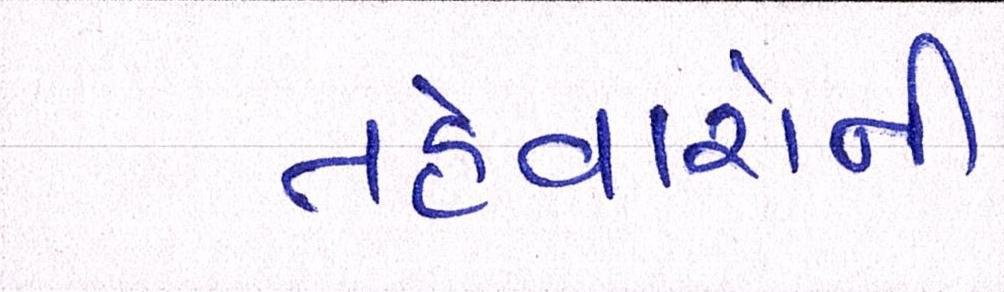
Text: તહેવારોની